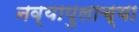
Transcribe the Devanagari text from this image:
नव्यापुलाच्या